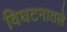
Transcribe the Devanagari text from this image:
विघटनातले